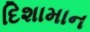
દિશામાન